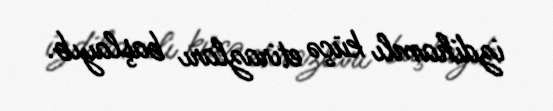
izdihamlı küçə etirazları başlayıb.